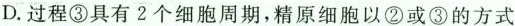
D.过程③具有2个细胞周期，精原细胞以②或③的方式